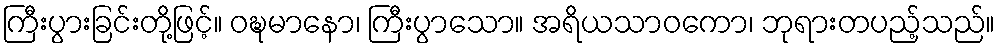
ကြီးပွားခြင်းတို့ဖြင့်။ ဝဍ္ဎမာနော၊ ကြီးပွာသော။ အရိယသာဝကော၊ ဘုရားတပည့်သည်။